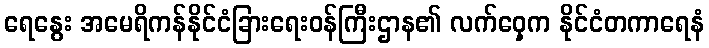
ရေနွေး အမေရိကန်နိုင်ငံခြားရေးဝန်ကြီးဌာန၏ လက်ဝှေ့က နိုင်ငံတကာရေနံ